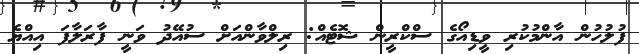
ފުލުހުން އާންމުކުރި ވީޑިއޯގެ ސްކްރީން ޝޮޓެއް: ރިލްވާންއަށް ސުއޭދު ވަނީ ފާރަލާފަ އިއްޔެ